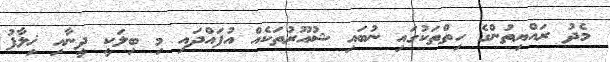
މެދު ރައްޔިތުންގެ ހިތްތަކުގައި ނުބައި ޝުއޫރުތަކެއް އުފައްދައި މި ބިލަކީ ދީނާއި ޚިލާފު